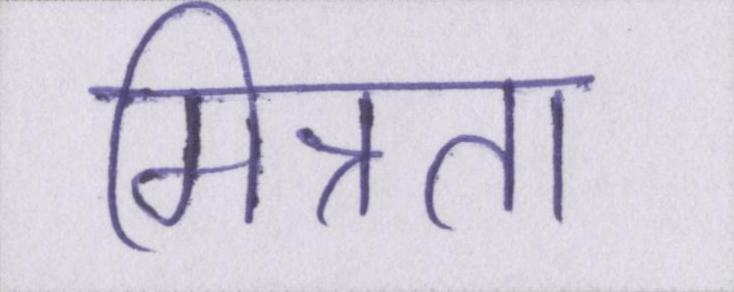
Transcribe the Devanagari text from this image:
मित्रता